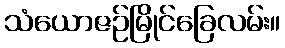
သံယောဇဉ်မြိုင်ခြေလမ်း။